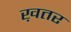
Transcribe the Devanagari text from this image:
ख़तर